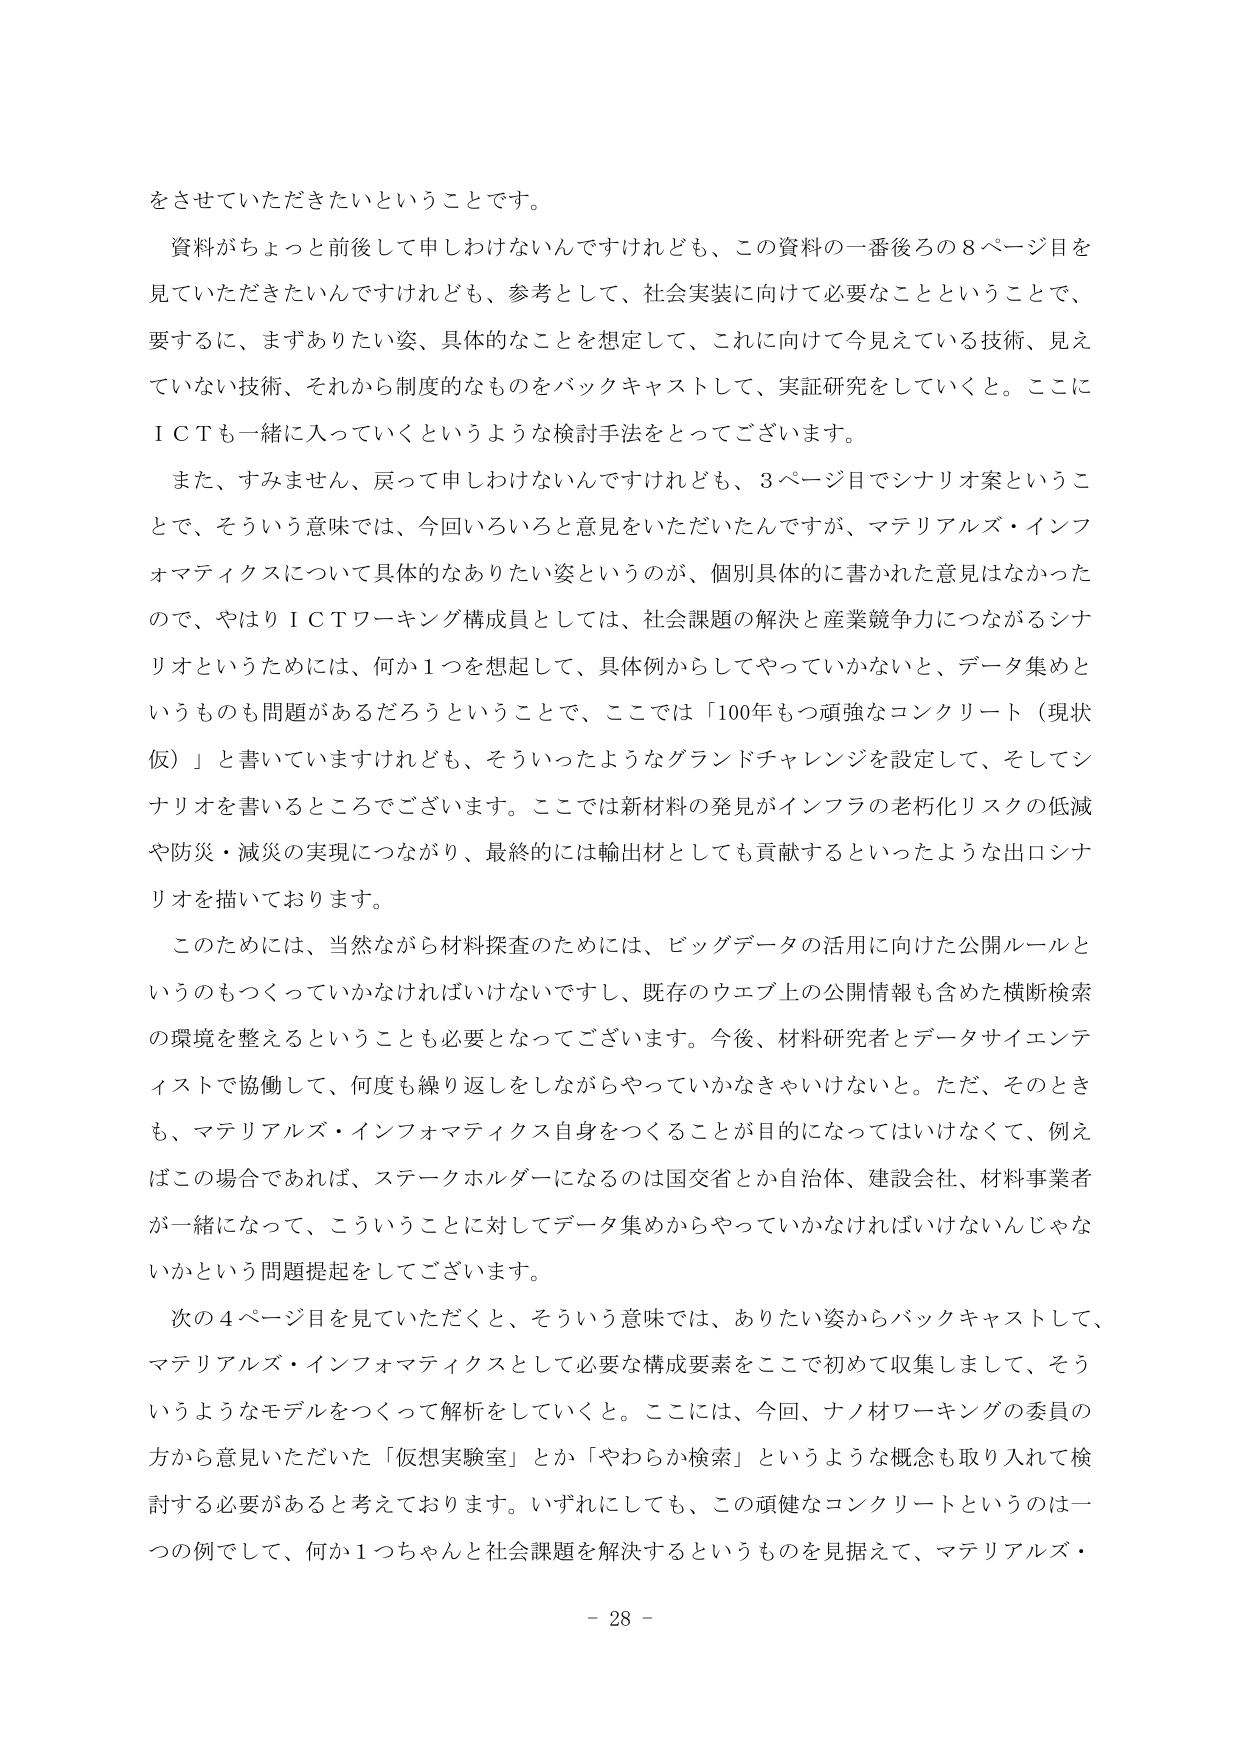
をさせていただきたいということです。

資料がちょっと前後して申しわけないんですけれども、この資料の一番後ろの8ページ目を見ていただきたいんですけれども、参考として、社会実装に向けて必要なことということで、要するに、まずありたい姿、具体的なことを想定して、これに向けて今見えている技術、見えていない技術、それから制度的なものをバックキャストして、実証研究をしていくと。ここにＩＣＴも一緒に入っていくというような検討手法をとってございます。

また、すみません、戻って申しわけないんですけれども、3ページ目でシナリオ案ということで、そういう意味では、今回いろいろと意見をいただいたんですが、マテリアルズ・インフォマティクスについて具体的なありたい姿というのが、個別具体的に書かれた意見はなかったので、やはりＩＣＴワーキング構成員としては、社会課題の解決と産業競争力につながるシナリオというためには、何か1つを想起して、具体例からしてやっていかないと、データ集めというものも問題があるだろうということで、ここでは「100年もつ頑強なコンクリート（現状仮）」と書いていますけれども、そういったようなグランドチャレンジを設定して、そしてシナリオを書くところでございます。ここでは新材料の発見がインフラの老朽化リスクの低減や防災・減災の実現につながり、最終的には輸出材としても貢献するといったような出ロシナリオを描いております。

このためには、当然ながら材料探査のためには、ビッグデータの活用に向けた公開ルールというのもつくっていかなければならないですし、既存のウェブ上の公開情報も含めた横断検索の環境を整えるということも必要となってございます。今後、材料研究者とデータサイエンティストで協働して、何度も繰り返しをしながらやっていかなきゃいけない。ただ、そのときも、マテリアルズ・インフォマティクス自身をつくることが目的になってはいけなくて、例えばこの場合であれば、ステークホルダーになるのは国交省とか自治体、建設会社、材料事業者が一緒になって、こういうことに対してデータ集めからやっていかなければならないんじゃないかという問題提起をしてございます。

次の4ページ目を見ていただくと、そういう意味では、ありたい姿からバックキャストして、マテリアルズ・インフォマティクスとして必要な構成要素をここで初めて収集しまして、そういうようなモデルをつくって解析をしていくと。ここには、今回、ナノ材ワーキングの委員の方から意見いただいた「仮想実験室」とか「やわらか検索」というような概念も取り入れて検討する必要があると考えております。いずれにしても、この頑健なコンクリートというのは一つの例として、何か1つちゃんと社会課題を解決するというものを見据えて、マテリアルズ・

- 28 -